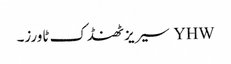
YHW سیریز ٹھنڈک ٹاورز۔